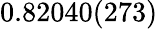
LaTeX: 0.82040(273)